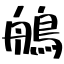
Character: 鵃